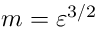
m = \varepsilon ^ { 3 / 2 }